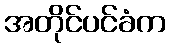
အတိုင်ပင်ခံက